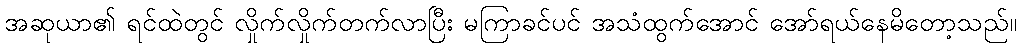
အဆုယာ၏ ရင်ထဲတွင် လှိုက်လှိုက်တက်လာပြီး မကြာခင်ပင် အသံထွက်အောင် အော်ရယ်နေမိတော့သည်။